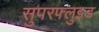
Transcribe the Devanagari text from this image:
सुपरफ्लुइड